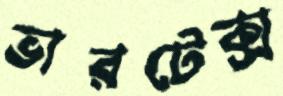
ভারটেক্স